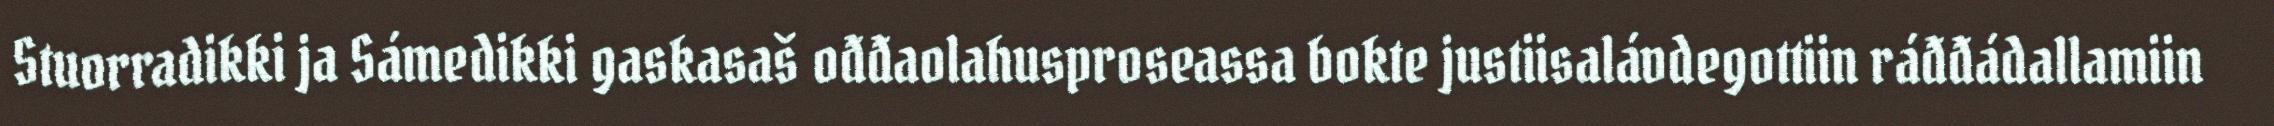
Stuorradikki ja Sámedikki gaskasaš ođđaolahusproseassa bokte justiisalávdegottiin ráđđádallamiin